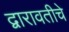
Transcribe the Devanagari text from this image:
द्वारावतीचे